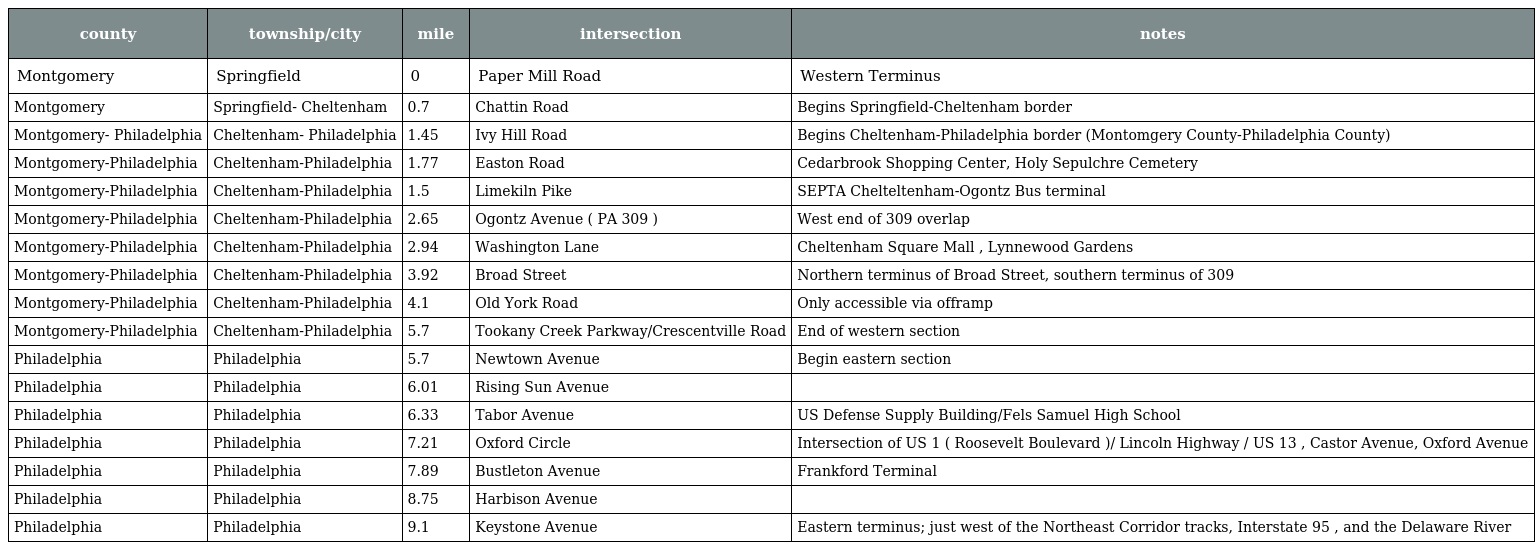
| county | township/city | mile | intersection | notes |
 | --- | --- | --- | --- | --- |
 | Montgomery | Springfield | 0 | Paper Mill Road | Western Terminus |
 | Montgomery | Springfield- Cheltenham | 0.7 | Chattin Road | Begins Springfield-Cheltenham border |
 | Montgomery- Philadelphia | Cheltenham- Philadelphia | 1.45 | Ivy Hill Road | Begins Cheltenham-Philadelphia border (Montomgery County-Philadelphia County) |
 | Montgomery-Philadelphia | Cheltenham-Philadelphia | 1.77 | Easton Road | Cedarbrook Shopping Center, Holy Sepulchre Cemetery |
 | Montgomery-Philadelphia | Cheltenham-Philadelphia | 1.5 | Limekiln Pike | SEPTA Chelteltenham-Ogontz Bus terminal |
 | Montgomery-Philadelphia | Cheltenham-Philadelphia | 2.65 | Ogontz Avenue ( PA 309 ) | West end of 309 overlap |
 | Montgomery-Philadelphia | Cheltenham-Philadelphia | 2.94 | Washington Lane | Cheltenham Square Mall , Lynnewood Gardens |
 | Montgomery-Philadelphia | Cheltenham-Philadelphia | 3.92 | Broad Street | Northern terminus of Broad Street, southern terminus of 309 |
 | Montgomery-Philadelphia | Cheltenham-Philadelphia | 4.1 | Old York Road | Only accessible via offramp |
 | Montgomery-Philadelphia | Cheltenham-Philadelphia | 5.7 | Tookany Creek Parkway/Crescentville Road | End of western section |
 | Philadelphia | Philadelphia | 5.7 | Newtown Avenue | Begin eastern section |
 | Philadelphia | Philadelphia | 6.01 | Rising Sun Avenue |  |
 | Philadelphia | Philadelphia | 6.33 | Tabor Avenue | US Defense Supply Building/Fels Samuel High School |
 | Philadelphia | Philadelphia | 7.21 | Oxford Circle | Intersection of US 1 ( Roosevelt Boulevard )/ Lincoln Highway / US 13 , Castor Avenue, Oxford Avenue |
 | Philadelphia | Philadelphia | 7.89 | Bustleton Avenue | Frankford Terminal |
 | Philadelphia | Philadelphia | 8.75 | Harbison Avenue |  |
 | Philadelphia | Philadelphia | 9.1 | Keystone Avenue | Eastern terminus; just west of the Northeast Corridor tracks, Interstate 95 , and the Delaware River |